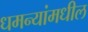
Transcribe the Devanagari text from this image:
धमन्यांमधील